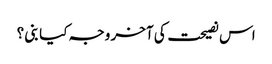
اس نصیحت کی آخر وجہ کیا بنی ؟